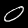
Label: 0